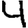
Digit: 4